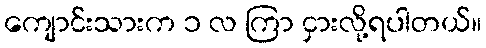
ကျောင်းသားက ၁ လ ကြာ ငှားလို့ရပါတယ်။